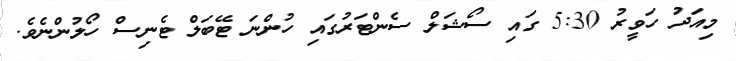
މިއަދު ހަވީރު 5:30 ގައި ސޯޝަލް ސެންޓަރުގައި ހުންނަ ޓޭބަލް ޓެނިސް ހޯލުންނެވެ.